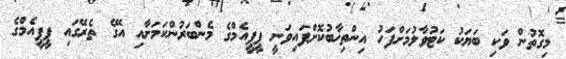
މިގޮތުން ވަކި ބަޔަކު ކަޓުވާލުމަށްފަހު އިންތިޚާބުކޮށްފައިވަނީ ޕީޕީއެމްގެ މެންބަރުންކަމަށާއި އޭގެ ތެރޭގައި ޕީޕީއެމްގެ